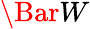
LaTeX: \Bar{W}